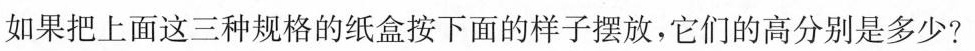
如果把上面这三种规格的纸盒按下面的样子摆放，他们的高分别是多少？